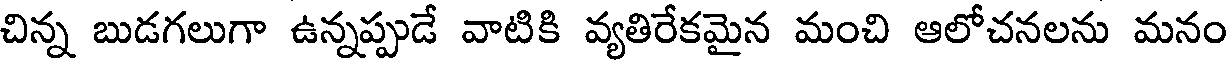
చిన్న బుడగలుగా ఉన్నప్పుడే వాటికి వ్యతిరేకమైన మంచి ఆలోచనలను మనం